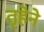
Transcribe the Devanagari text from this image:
तृहेने